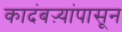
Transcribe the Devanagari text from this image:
कादंबऱ्यांपासून